Annual statistical returns and brief notes on vaccination in Bengal - 1909-1929
Year: 1909
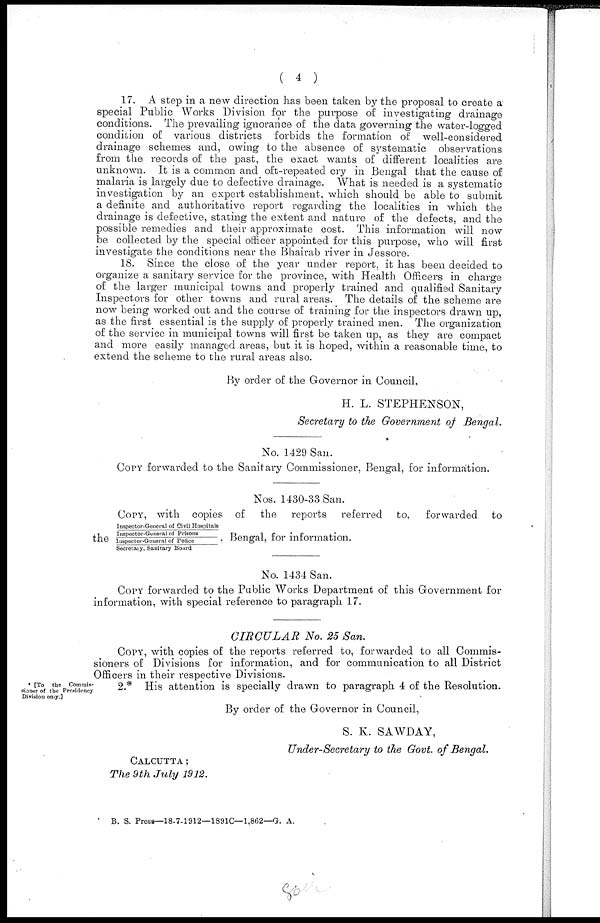
( 4 )
17. A step in a new direction has been taken by the proposal to create a
special Public Works Division for the purpose of investigating drainage
conditions. The prevailing ignorance of the data governing the water-logged
condition of various districts forbids the formation of well-considered
drainage schemes and, owing to the absence of systematic observations
from the records of the past, the exact wants of different localities are
unknown. It is a common and oft-repeated cry in Bengal that the cause of
malaria is largely due to defective drainage. What is needed is a systematic
investigation by an expert establishment, which should be able to submit
a definite and authoritative report regarding the localities in which the
drainage is defective, stating the extent and nature of the defects, and the
possible remedies and their approximate cost. This information will now
be collected by the special officer appointed for this purpose, who will first
investigate the conditions near the Bhairab river in Jessore.
18. Since the close of the year under report, it has been decided to
organize a sanitary service for the province, with Health Officers in charge
of the larger municipal towns and properly trained and qualified Sanitary
Inspectors for other towns and rural areas. The details of the scheme are
now being worked out and the course of training for the inspectors drawn up,
as the first essential is the supply of properly trained men. The organization
of the service in municipal towns will first be taken up, as they are compact
and more easily managed areas, but it is hoped, within a reasonable time, to
extend the scheme to the rural areas also.
By order of the Governor in Council,
H. L. STEPHENSON,
Secretary to the Government of Bengal.
No. 1429 San.
COPY forwarded to the Sanitary Commissioner, Bengal, for information.
Nos. 1430-33 San.
COPY, with copies of the reports referred to, forwarded to
the
Inspector-General of Civil Hospitals
Inspector-General of Prisons
Inspector-General of Police
Secretary, Sanitary Board
Bengal, for information.
No. 1434 San.
COPY forwarded to the Public Works Department of this Government for
information, with special reference to paragraph 17.
CIRCULAR
No. 25 San.
COPY, with copies of the reports referred to, forwarded to all Commis-
sioners of Divisions for information, and for communication to all District
Officers in their respective Divisions.
* [To the Commis-
sioner of the Presidency
Division only.]
2.* His attention is specially drawn to paragraph 4 of the Resolution.
By order of the Governor in Council,
S. K. SAWDAY,
Under-Secretary to the Govt. of Bengal.
CALCUTTA;
The 9th July 1912.
B. S. Press—18-7-1912—1891C—1,862—G. A.